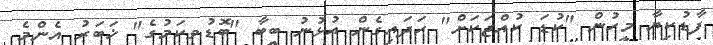
ފާޑުކިޔާ މީހުން "ކުޑަ ކުއްޖަކަށް" ހަދައިގެން އުޅުނު ބީބާ "ބޮޑުވިކަމުގެ" ޚަބަރު އެންމެ